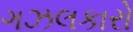
ગઝલકારો